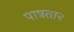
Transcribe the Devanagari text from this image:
पात्रता२